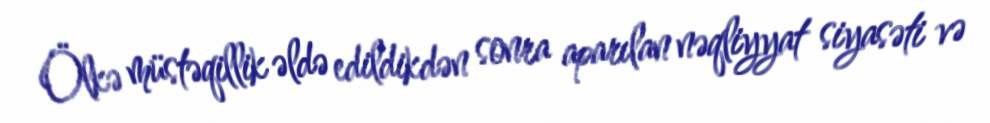
Ölkə müstəqillik əldə edildikdən sonra aparılan nəqliyyat siyasəti və